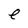
Character: e